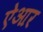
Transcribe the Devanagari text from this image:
ऐआर